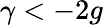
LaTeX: \gamma<-2g